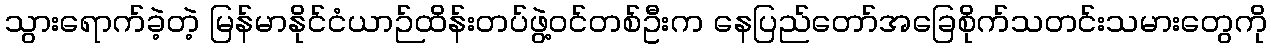
သွားရောက်ခဲ့တဲ့ မြန်မာနိုင်ငံယာဉ်ထိန်းတပ်ဖွဲ့ဝင်တစ်ဦးက နေပြည်တော်အခြေစိုက်သတင်းသမားတွေကို